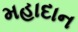
મહાદાન